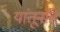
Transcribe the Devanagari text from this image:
यांतूनहि